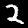
Label: 2